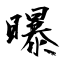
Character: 曝